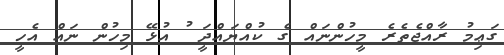
ގަޢިމު ރާއްޖެތެރެ މީހުންނައް ގެ ކުއްޔައްދީަ ު އުޅޭ މިހުން ނައް އެހީ